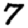
Digit: 7